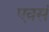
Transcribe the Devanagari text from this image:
एवसं